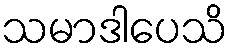
သမာဒါပေသိ